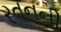
રતનની